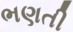
ભણતી